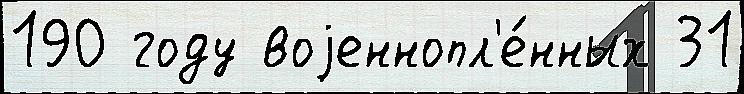
190 году воjеннопл'е́нных 31